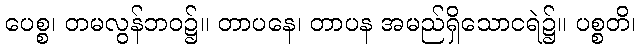
ပေစ္စ၊ တမလွန်ဘဝ၌။ တာပနေ၊ တာပန အမည်ရှိသောငရဲ၌။ ပစ္စတိ၊